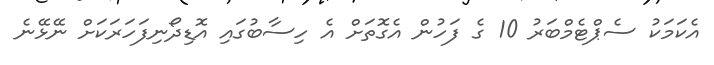
އެކަމަކު ސެޕްޓެމްބަރު 10 ގެ ފަހުން އެގޮތަށް އެ ހިސާބުގައި އޮޑިދޯނިފަހަރަކަށް ނޭޅޭނެ